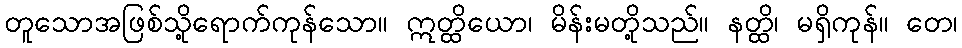
တူသောအဖြစ်သို့ရောက်ကုန်သော။ ဣတ္ထိယော၊ မိန်းမတို့သည်။ နတ္ထိ၊ မရှိကုန်။ တေ၊